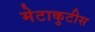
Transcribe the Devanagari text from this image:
मेटाकुटीस